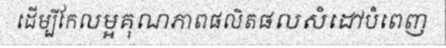
ដើម្បីកែលម្អគុណភាពផលិតផលសំដៅបំពេញ